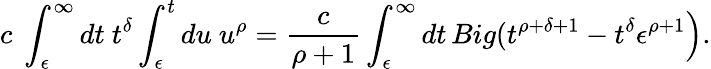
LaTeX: c\ \int_{\epsilon}^{\infty}dt\ t^{\delta}\int_{\epsilon}^{t}du\ u^{\rho}=\frac{c}{\rho+1}\int_{\epsilon}^{\infty}dt\, Big(t^{\rho+\delta+1}-t^{\delta}\epsilon^{\rho+1}\Big).